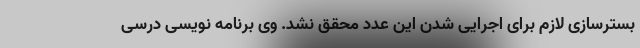
بسترسازی لازم برای اجرایی شدن این عدد محقق نشد. وی برنامه نویسی درسی